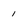
Character: 1